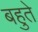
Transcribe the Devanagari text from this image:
बहुते